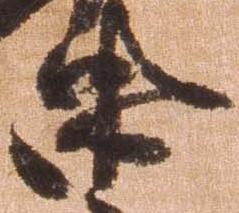
忠